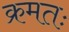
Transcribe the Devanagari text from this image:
क्रमतः